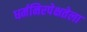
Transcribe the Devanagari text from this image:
धर्मनिरपेक्षतेला